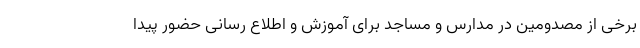
برخی از مصدومین در مدارس و مساجد برای آموزش و اطلاع رسانی حضور پیدا